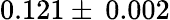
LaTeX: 0.121\pm\: 0.002